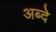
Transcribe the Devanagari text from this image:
अब्दे